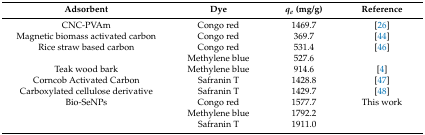
| Adsorbent | Dye | qe (mg/g) | Reference |
 | --- | --- | --- | --- |
 | CNC-PVAm | Congo red | 1469.7 | [26] |
 | Magnetic biomass activated carbon | Congo red | 369.7 | [44] |
 | Rice straw based carbon | Congo red | 531.4 | [46] |
 |  | Methylene blue | 527.6 |  |
 | Teak wood bark | Methylene blue | 914.6 | [4] |
 | Corncob Activated Carbon | Safranin T | 1428.8 | [47] |
 | Carboxylated cellulose derivative | Safranin T | 1429.7 | [48] |
 | Bio-SeNPs | Congo red | 1577.7 | This work |
 |  | Methylene blue | 1792.2 |  |
 |  | Safranin T | 1911.0 |  |